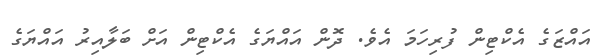
އައްޒަގެ އެކްޓިން ފުރިހަމަ އެވެ. ދޮން އައްޔަގެ އެކްޓިން އަށް ބަލާއިރު އައްޔަގެ